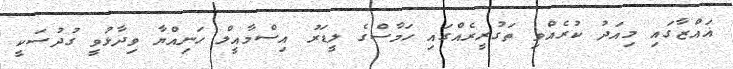
ޣައްޒާގައި މިއަދު ކުރެއްވި ތަގުރީރެއްގައި ހަމާސްގެ ލީޑަރު އިސްމާއީލް ހަނިއްޔާ ވިދާޅުވީ ގުދުސަކީ